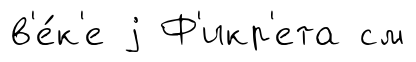
в'е́к'е j Ф'икр'ета см